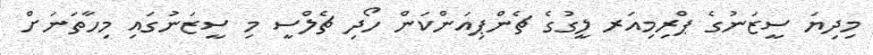
މިދިޔަ ސީޒަނުގެ ޕްރިމިއަރ ލީގުގެ ޗެންޕިއަންކަން ހޯދި ޗެލްސީ މި ސީޒަނުގައި މިހާތަނަށް